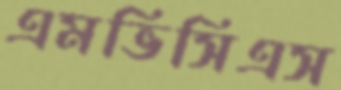
এমভিসিএস